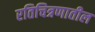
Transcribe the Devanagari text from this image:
रतिचित्रणातील